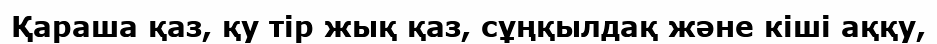
Қараша қаз, қу тір жық қаз, сұңқылдақ және кіші аққу,